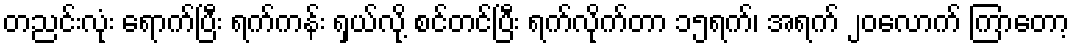
တညင်းလုံး ရောက်ပြီး ရက်ကန်း ရှယ်လို့ စင်တင်ပြီး ရက်လိုက်တာ ၁၅ရက်၊ အရက် ၂၀လောက် ကြာတော့